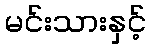
မင်းသားနှင့်